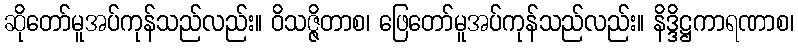
ဆိုတော်မူအပ်ကုန်သည်လည်း။ ဝိသဇ္ဇိတာစ၊ ဖြေတော်မူအပ်ကုန်သည်လည်း။ နိဒ္ဒိဋ္ဌကာရဏာစ၊